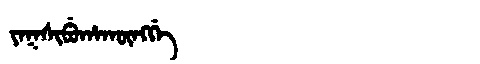
Manchu: ᠶᠠᡴᠰᡳᠪᡠᡥᠠᡴᡡᠩᡤᡝ
Romanization: YAKSIBUHAKŪNGGE